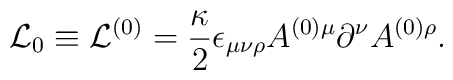
{\cal L}_0 \equiv {\cal L}^{(0)} =             \frac{\kappa}{2}\epsilon_{\mu\nu\rho}A^{(0)\mu}                     \partial^\nu A^{(0)\rho}.